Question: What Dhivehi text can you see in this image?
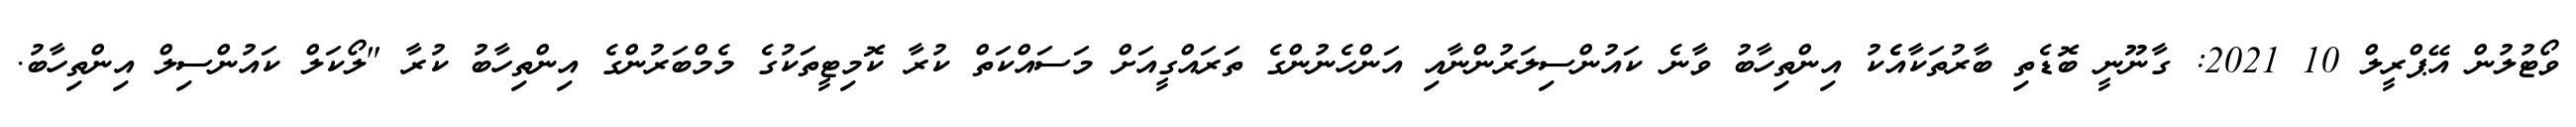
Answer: ވޯޓުލުން އޭޕްރީލް 10 2021: ގާނޫނީ ބޮޑެތި ބާރުތަކާއެެކު އިންތިހާބު ވާނެ ކައުންސިލަރުންނާއި އަންހެނުންގެ ތަރައްގީއަށް މަސައްކަތް ކުރާ ކޮމިޓީތަކުގެ މެމްބަރުންގެ އިންތިހާބު ކުރާ "ލޯކަލް ކައުންސިލް އިންތިހާބު.